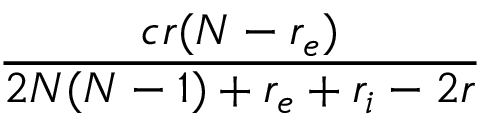
\frac { c r ( N - r _ { e } ) } { 2 N ( N - 1 ) + r _ { e } + r _ { i } - 2 r }